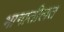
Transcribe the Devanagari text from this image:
भागातीलत